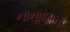
નાનાજાન